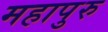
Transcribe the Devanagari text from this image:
महापुरु